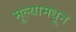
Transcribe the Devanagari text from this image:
मूल्यामधून